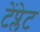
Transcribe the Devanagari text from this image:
टेंप्लेट